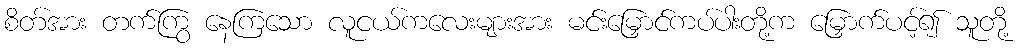
စိတ်အား တက်ကြွ နေကြသော လူငယ်ကလေးများအား မင်းမြှောင်ကပ်ပါးတို့က မြှောက်ပင့်၍ သူတို့